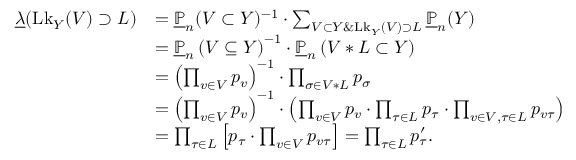
\begin{array} { r l } { \underline { { \lambda } } ( \mathrm { { L k } } _ { Y } ( V ) \supset L ) } & { = \underline { { \mathbb P } } _ { n } ( V \subset Y ) ^ { - 1 } \cdot \sum _ { V \subset Y \& \mathrm { { L k } } _ { Y } ( V ) \supset L } \underline { { \mathbb P } } _ { n } ( Y ) } \\ & { = \underline { { \mathbb P } } _ { n } \left( V \subseteq Y \right) ^ { - 1 } \cdot \underline { { \mathbb P } } _ { n } \left( V \ast L \subset Y \right) } \\ & { = \left( \prod _ { v \in V } p _ { v } \right) ^ { - 1 } \cdot \prod _ { \sigma \in V \ast L } p _ { \sigma } } \\ & { = \left( \prod _ { v \in V } p _ { v } \right) ^ { - 1 } \cdot \left( \prod _ { v \in V } p _ { v } \cdot \prod _ { \tau \in L } p _ { \tau } \cdot \prod _ { v \in V , \tau \in L } p _ { v \tau } \right) } \\ & { = \prod _ { \tau \in L } \left[ p _ { \tau } \cdot \prod _ { v \in V } p _ { v \tau } \right] = \prod _ { \tau \in L } p _ { \tau } ^ { \prime } . } \end{array}